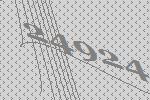
24924